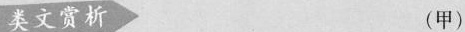
类文赏析 (甲)